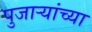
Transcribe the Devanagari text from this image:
पुजाऱ्यांच्या